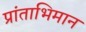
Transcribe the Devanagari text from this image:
प्रांताभिमान